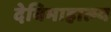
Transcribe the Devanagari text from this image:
देविमाहात्म्य